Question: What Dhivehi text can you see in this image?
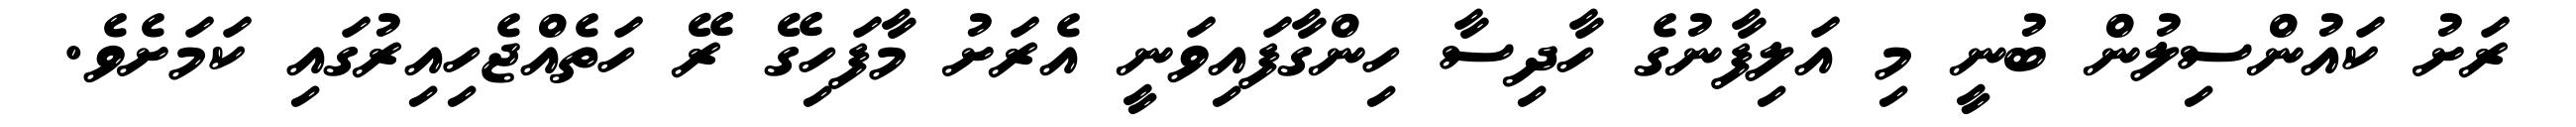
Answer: ރަށު ކައުންސިލުން ބުނީ މި އަލިފާނުގެ ހާދިސާ ހިންގާފައިވަނީ އެރަށު މާފަހިގޭ ރޭ ހަތެއްޖެހިއިރުގައި ކަމަށެވެ.